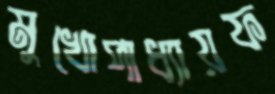
মুখোপাধ্যায়ফ